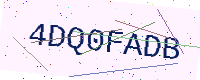
Text: 4DQ0FADB